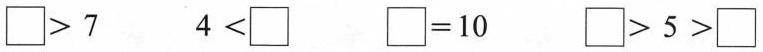
□＞7 4＜□ □=10 □＞5＞□